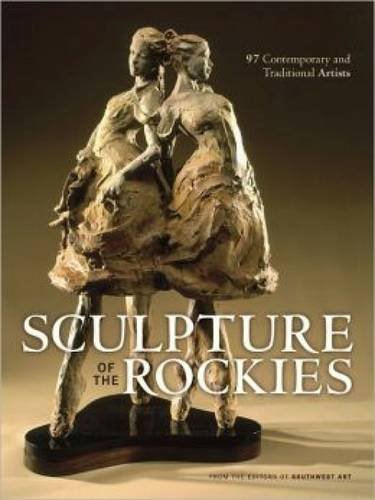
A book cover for Sculpture of the Rockies: 97 Contemporary & Traditional Artists; Editors of Southwest Art; Arts & Photography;